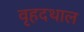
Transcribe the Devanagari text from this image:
वृहदथाल